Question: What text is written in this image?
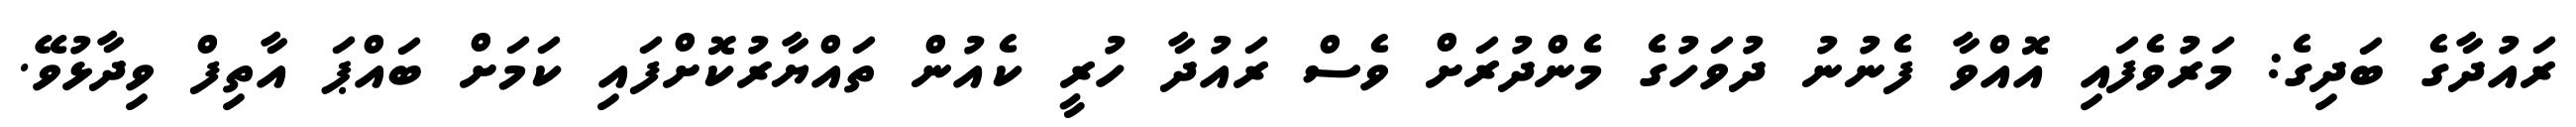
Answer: ރައުދާގެ ބަދިގެ: މަރުވެފައި އޮއްވާ ފެނުނު ދުވަހުގެ މެންދުރަށް ވެސް ރައުދާ ހުރީ ކެއުން ތައްޔާރުކޮށްފައި ކަމަށް ބައްޕަ އާތިފް ވިދާޅުވޭ.